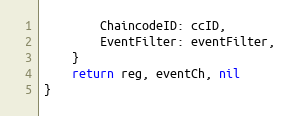
Language: Go
		ChaincodeID: ccID,
		EventFilter: eventFilter,
	}
	return reg, eventCh, nil
}